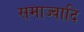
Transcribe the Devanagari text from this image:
समाज्वादि